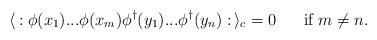
\begin{align*}\langle \, : \phi (x_1) ... \phi (x_m) \phi^\dagger (y_1) ... \phi^\dagger (y_n) : \, \rangle_c = 0 \;\;\;\;\;\; \mbox{if} \; m \neq n .\end{align*}